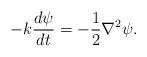
LaTeX: \begin{align*}-k\frac{d\psi}{dt} = -\frac{1}{2} \nabla^2 \psi.\end{align*}